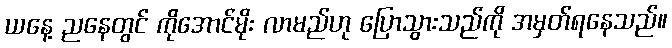
ယနေ့ ညနေတွင် ကိုအောင်မိုး လာမည်ဟု ပြောသွားသည်ကို အမှတ်ရနေသည်။